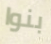
بنوا